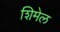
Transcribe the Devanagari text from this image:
शिमेल